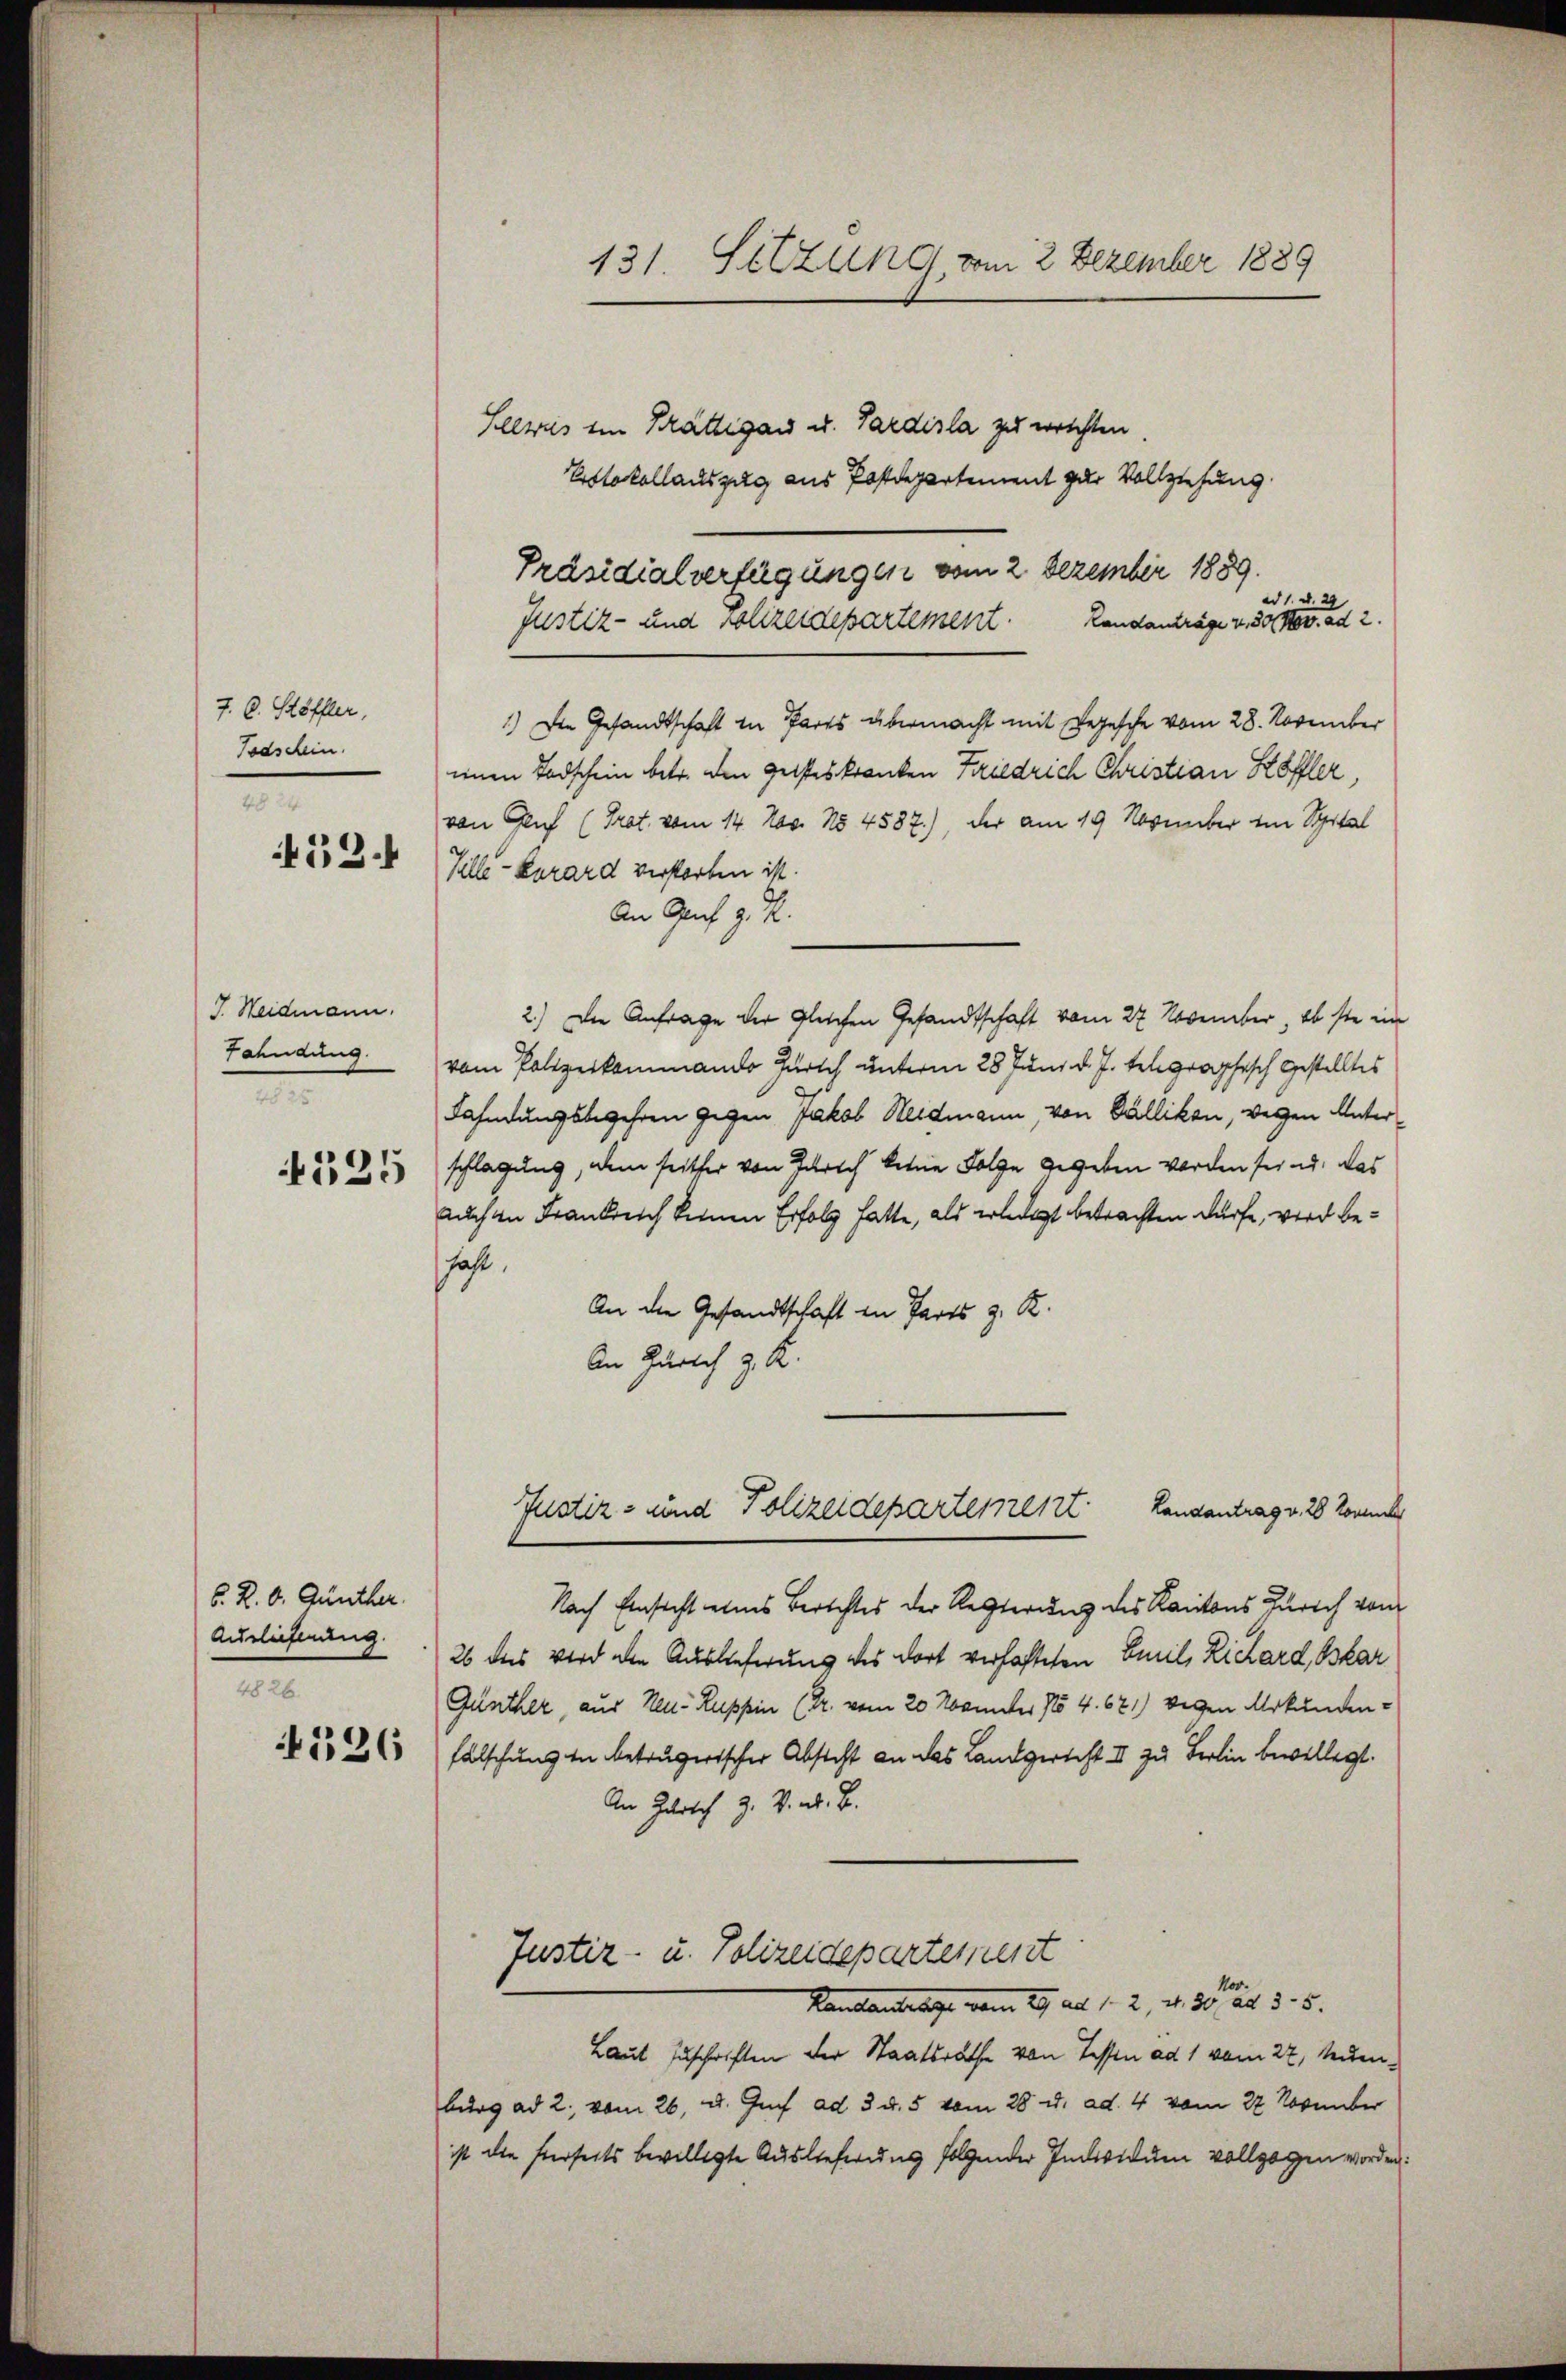
J. C. Stöffler,
Todschein.
4824
452.

J. Weidmann.
Fahndung.
2
4525

6. R. b. Günther
Auslieferung.
4826
526

131 Setzung vom 2. Dezember 1889

Selweis ein Prättigau u. Pardisla zu errichten
Protokollauszug aus Postdepartement zur Vollziehung
ad 1. d.
Justiz- und Polizeidepartement. Landanträge v. 30. Nov. ad 2.
1.) Die Gesandtschaft in Pares übermacht mit Segesche vom 28. November
einen Todschein betr. den Geisteskranken Friedrich Christian Köfler,
von Genf (Trat. vom 14. Nas. No 4587), der am 19. November im Spital
Ville-Kurard verstorben ist.
An Genf z. R.
2.) Die Anfrage der gleichen Gesandtschaft vom 27 November, abste im
vom Polizeikommando Zürich unterm 28 Juni d. J. telegraphisch gestelltes
Fahndungsbegehren gegen Jakob Weidmann, von Dällikon, wegen Unterschlagung, dem seither von Zürich keine Folge gegeben werden sei u. das
auch in Frankreich keinen Erfolg hatte, als erledigt betrachten dürfe, wird beaht.
An die Gesandtschaft in Parts z. R.
An Zürich z. R.
Justiz- und Polizeidepartement
Landantrag v. 28 Kommen
Nach Einsicht eines Berichtes der Regierung des Kantons Zürich vom
26 das wird die Auslieferung des dort verhafteten Beeil, Richard, Oskar
Günther, aus Neu- Ruppin (Dr. vom 20. Novunter No 4. 621) wegen Urkundenfälschung in betrugerischer Absteht an das Landgericht II zu Berlin bewilligt.
An Zürich J. V. ad. B.
Justiz- u. Polizeidepartement
Kantantelegt vom 19. ad 1. 2. d. 20. d. d. 5.
Laut Zuschriften der Staatsrathe von Tessen ad 1 vom 27. Neuenburg ad 2. vom 26. d. Jus ad 3. d. 5 vom 28 u. ad. 4 vom 22. November
ist die hierseits bewilligte Auslieferung folgender Individum vollzogen worden.

Präsidialverfügungen vom 2. Dezember 1889.